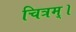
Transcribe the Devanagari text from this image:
चित्रम्।